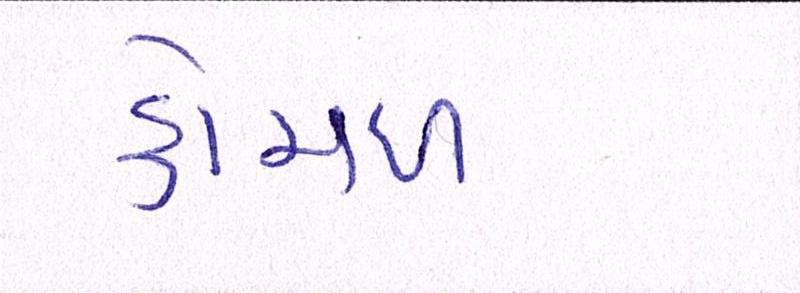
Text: કોમળ